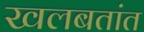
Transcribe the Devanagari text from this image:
खलबतांत